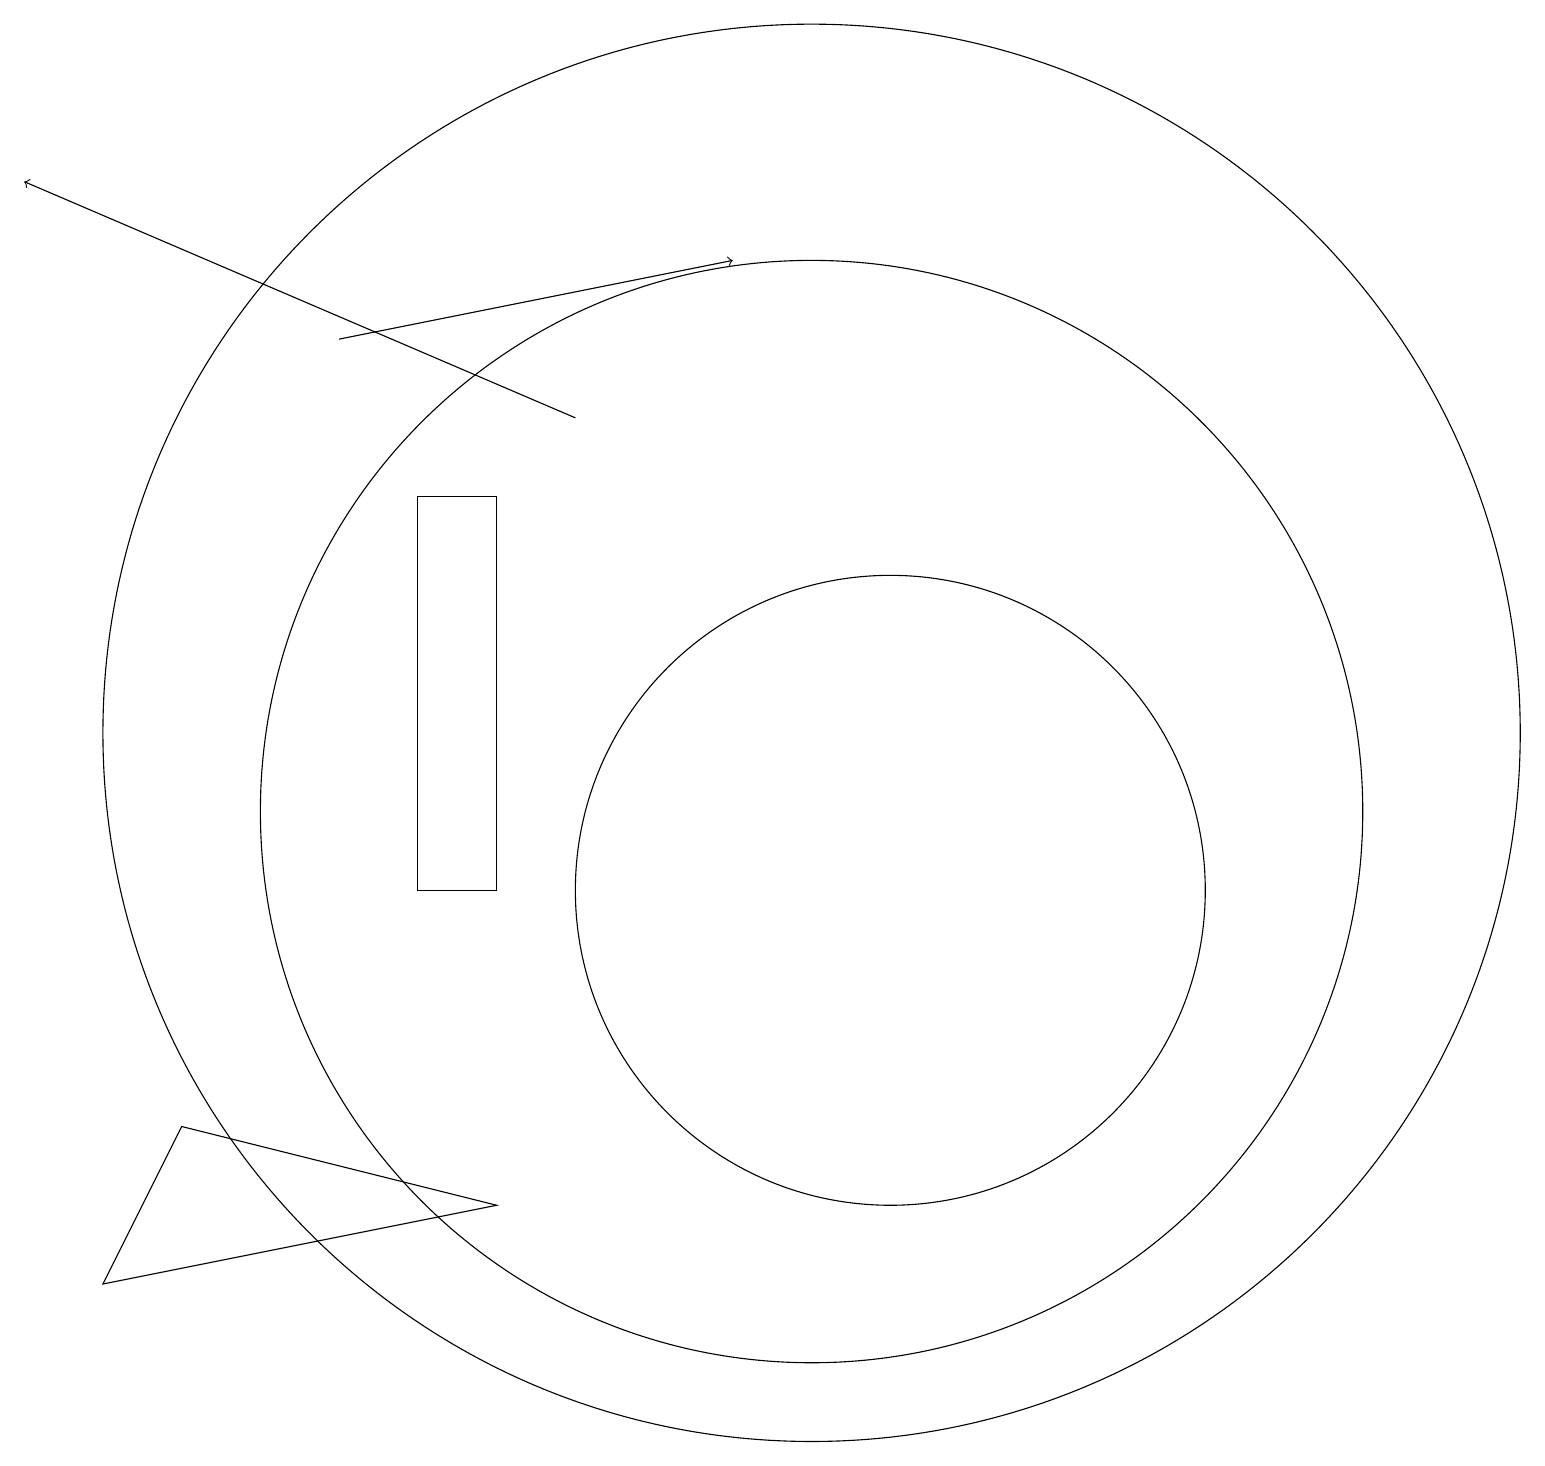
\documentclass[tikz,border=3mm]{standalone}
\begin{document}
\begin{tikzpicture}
\draw (1,5) -- (2,7) -- (6,6) -- cycle;
\draw (10,11) circle (7);
\draw[->] (4,17) -- (9,18);
\draw (5,10) rectangle (6,15);
\draw (10,12) circle (9);
\draw (11,10) circle (4);
\draw[->] (7,16) -- (0,19);
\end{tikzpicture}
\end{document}